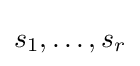
s_{1},\dots ,s_{r}